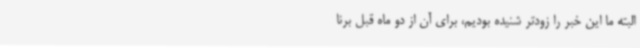
البته ما این خبر را زودتر شنیده بودیم، برای آن از دو ماه قبل برنا